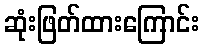
ဆုံးဖြတ်ထားကြောင်း